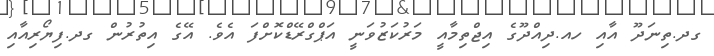
ގދ.ތިނަދޫ އާއި ހއ.ދިއްދޫގެ އިޖްތިމާއީ މަރުކަޒުވަނީ އަޕްގްރޭޑްކޮށްފަ އެވެ. އޭގެ އިތުރުން ގދ.ފިޔޯރިއާއި